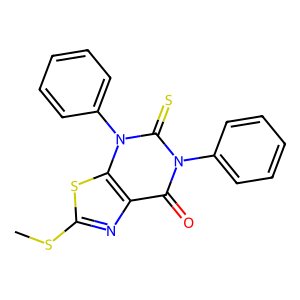
SMILES: CSc1nc2c(=O)n(-c3ccccc3)c(=S)n(-c3ccccc3)c2s1
Inhibits HIV replication: No